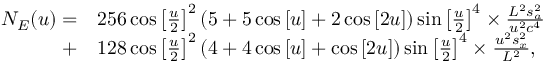
\begin{array} { r l } { { N _ { E } } ( u ) = } & { 2 5 6 \cos { \left[ { \frac { u } { 2 } } \right] ^ { 2 } } \left( { 5 + 5 \cos \left[ u \right] + 2 \cos \left[ { 2 u } \right] } \right) \sin { \left[ { \frac { u } { 2 } } \right] ^ { 4 } } \times \frac { { { L ^ { 2 } } s _ { a } ^ { 2 } } } { { { u ^ { 2 } } { c ^ { 4 } } } } } \\ { + } & { 1 2 8 \cos { \left[ { \frac { u } { 2 } } \right] ^ { 2 } } \left( { 4 + 4 \cos \left[ u \right] + \cos \left[ { 2 u } \right] } \right) \sin { \left[ { \frac { u } { 2 } } \right] ^ { 4 } } \times \frac { { { u ^ { 2 } } s _ { x } ^ { 2 } } } { { { L ^ { 2 } } } } , } \end{array}